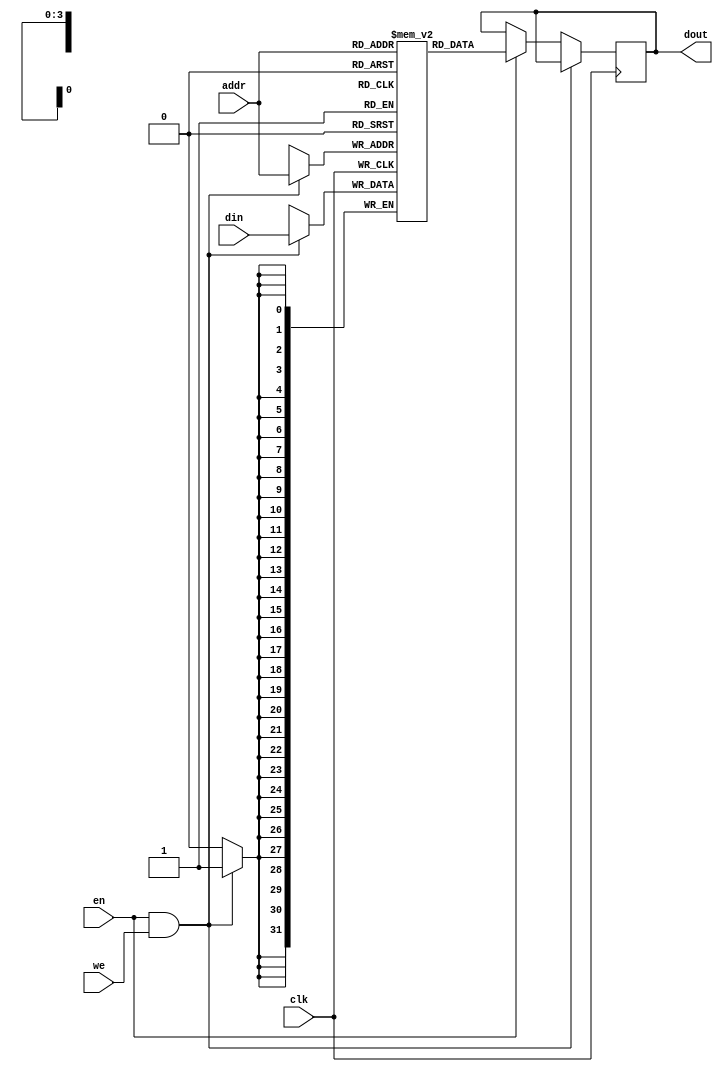
module spram(
    clk,	// Clock input
    en,     // RAM enable (select)
    addr,   // Address input(word addressing)
    din,    // Data input
    we,     // Write enable
    dout    // Data output
);

	parameter W_DATA = 32;
	//RAM cell size(# of words)
	parameter N_WORD = 16;
	parameter W_WORD = 4;	
	parameter EN_LOAD_INIT_FILE = 1'b0;
	parameter INIT_FILE = "img/kodim03_32bit.hex";
	
    input                 clk;   // Clock input
    input                 en;    // RAM enable (select)
    input  [W_WORD-1:0]   addr;  // Address input(word addressing) prior to read data by one clock cycle
    input  [W_DATA-1:0]   din;   // Data input
    input                 we;    // Write enable
    output [W_DATA-1:0]   dout;  // Data output

	reg [W_DATA-1:0] q_mem[N_WORD-1:0] /* synthesis syn_ramstyle="block_ram" */;
	reg [W_DATA-1:0] dout = 32'h0000_0000;

	always @(posedge clk)
	begin
		if(en & we)
			q_mem[addr] <= din;
		else if(en)
			dout <=  q_mem[addr];
	end
	
	// synopsys translate_off
	initial
	begin
		if(EN_LOAD_INIT_FILE)
		begin
			$readmemh(INIT_FILE, q_mem);
		end
	end		
	// synopsys translate_on	
endmodule